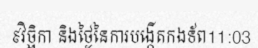
៩វិច្ឆិកា និងថ្ងៃនៃការបង្កើតកងទ័ព11:03